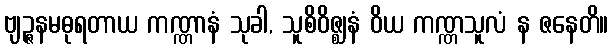
ဗျဉ္ဇနမဓုရတာယ ကဏ္ဏာနံ သုခါ, သူစိဝိဇ္ဈနံ ဝိယ ကဏ္ဏသူလံ န ဇနေတိ။